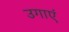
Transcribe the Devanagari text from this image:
उगाएं